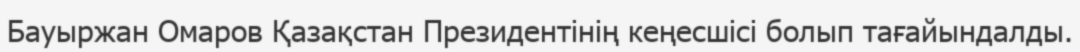
Бауыржан Омаров Қазақстан Президентінің кеңесшісі болып тағайындалды.